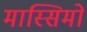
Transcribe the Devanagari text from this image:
मास्‍सिमो